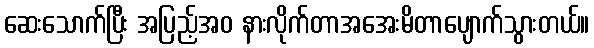
ဆေးသောက်ပြီး အပြည့်အဝ နားလိုက်တာအအေးမိတာပျောက်သွားတယ်။